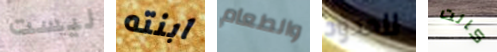
ليست ابنته والطعام للحدود كانت